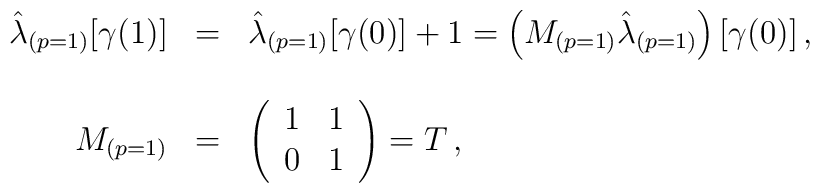
\begin{array}{rcl}\hat{\lambda}_{(p=1)}[\gamma(1)] & =  &\hat{\lambda}_{(p=1)}[\gamma(0)] +1= \left(M_{(p=1)} \hat{\lambda}_{(p=1)}\right) [\gamma(0)]\, ,  \\& & \\M_{(p=1)} &  =  &\left(\begin{array}{cc}1 & 1 \\0 & 1 \\\end{array}\right)=T\, , \\\end{array}